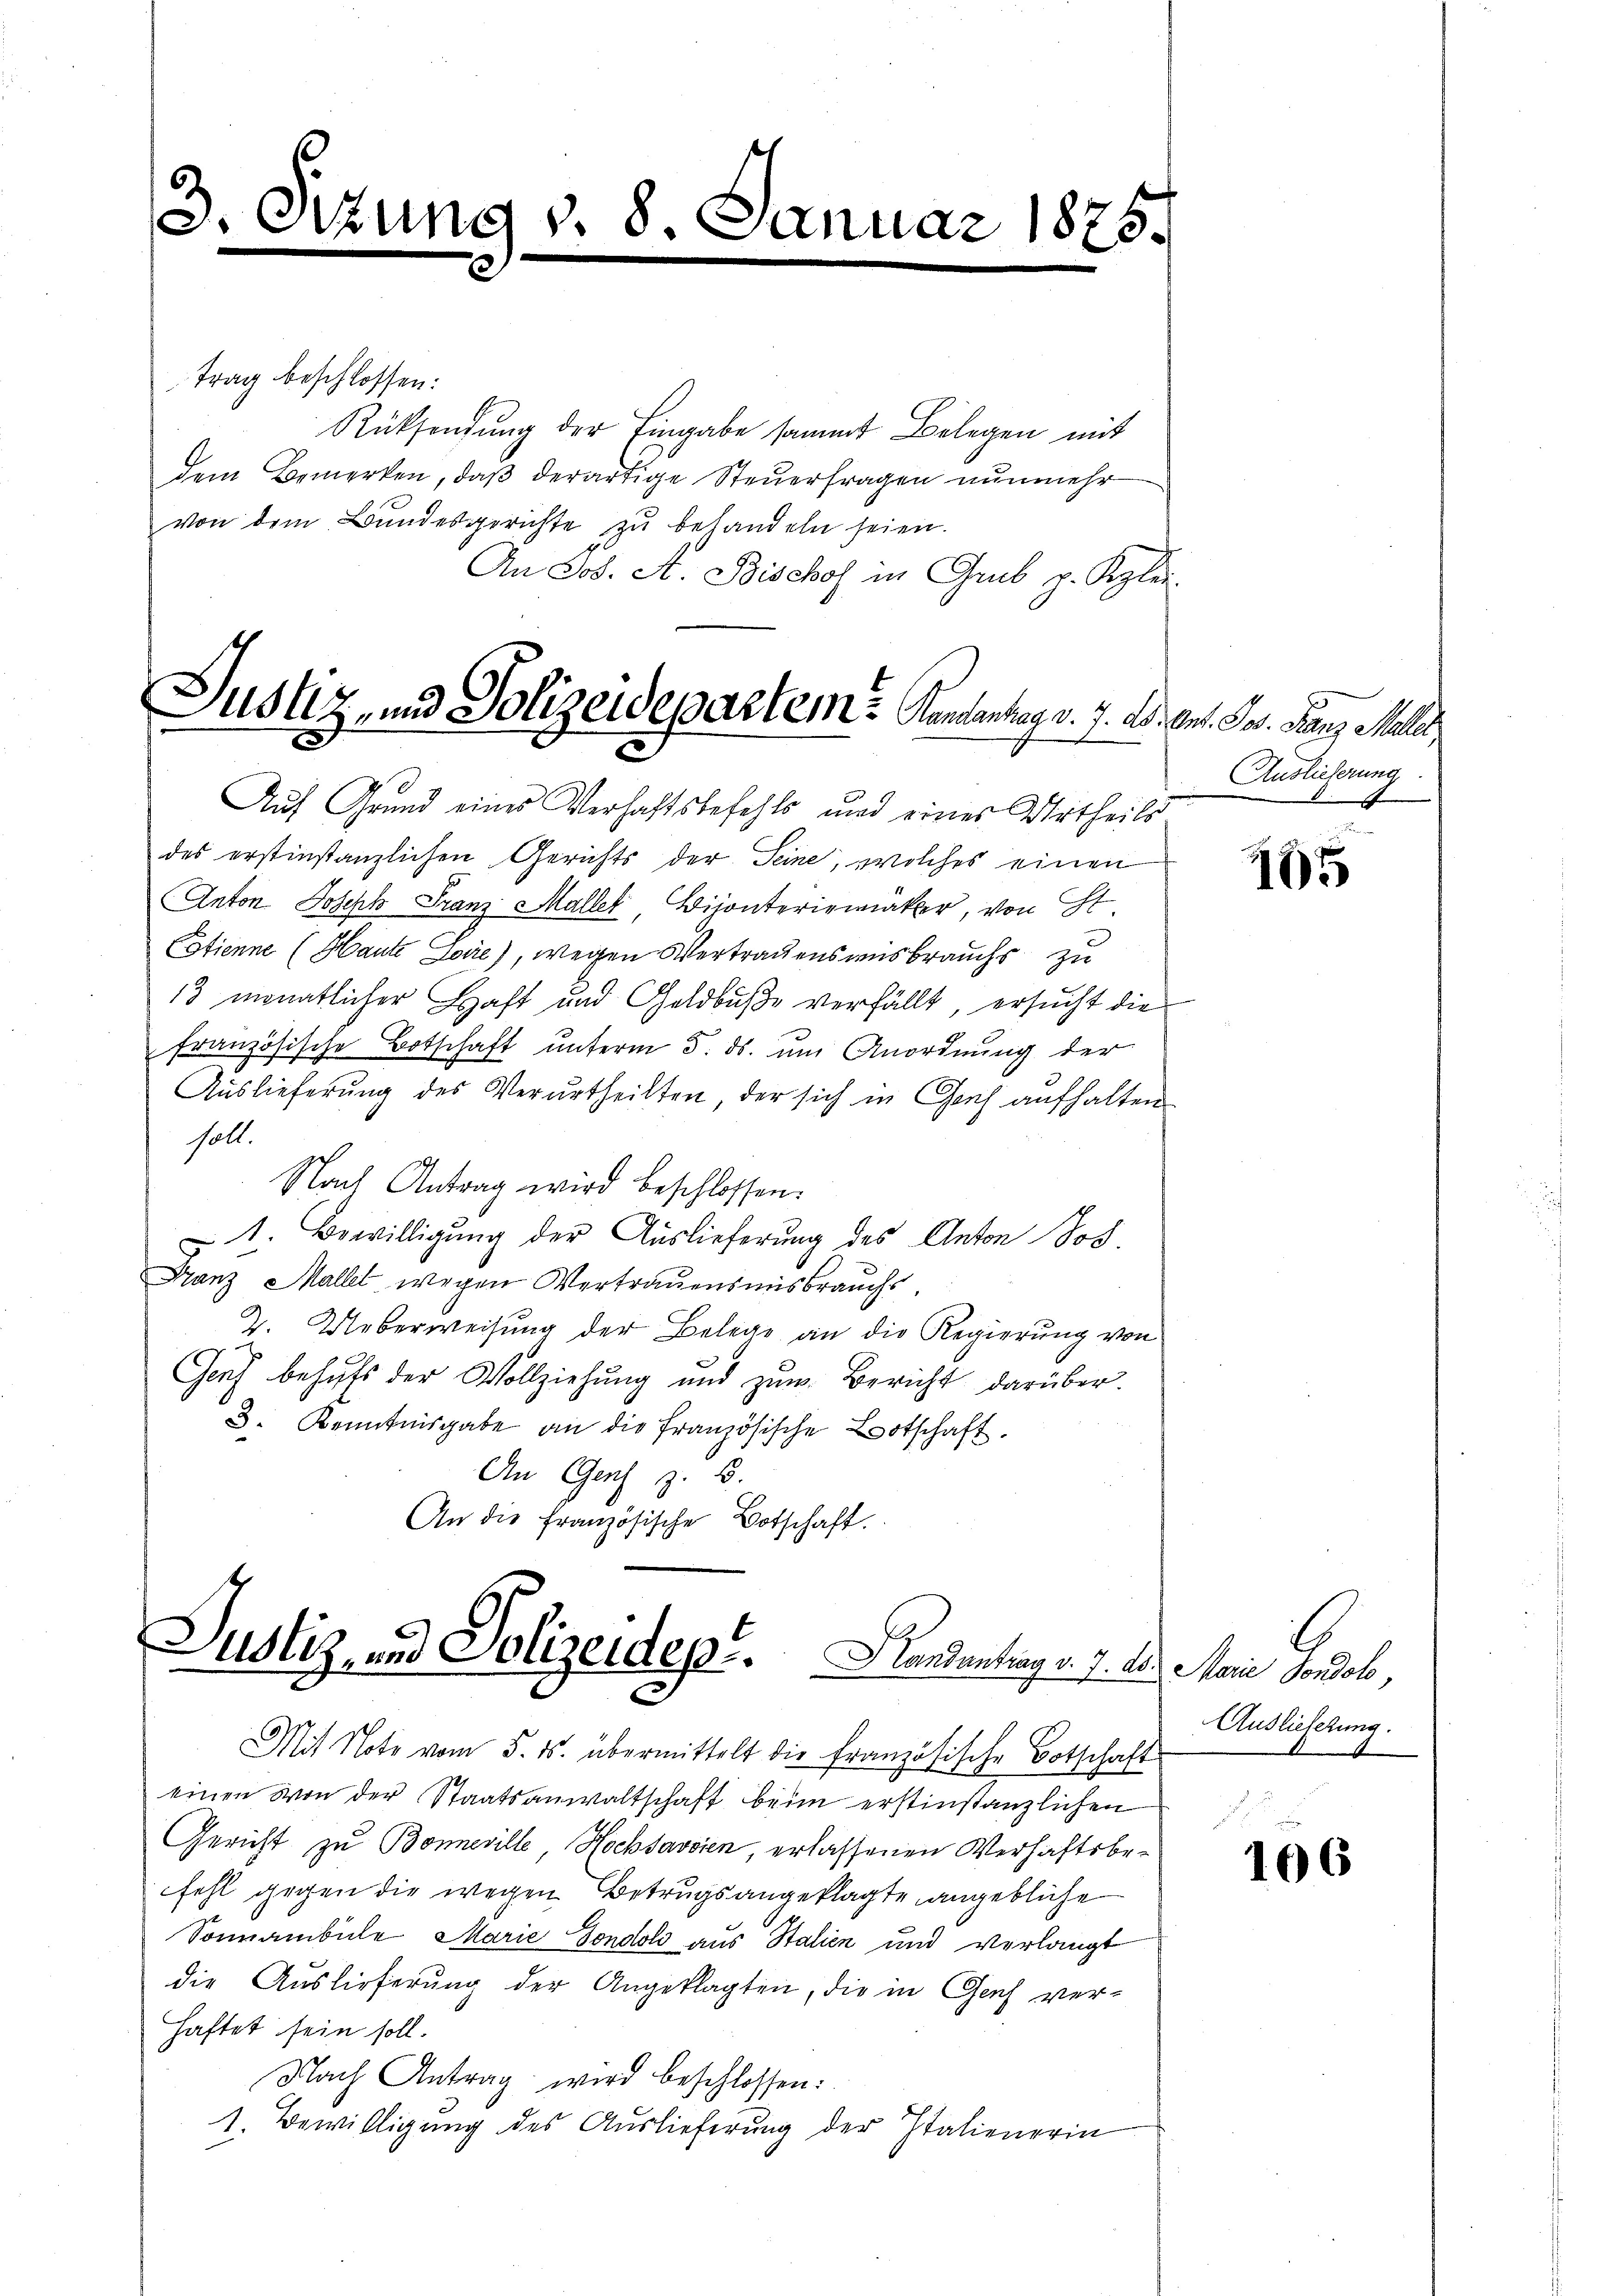
3. Sitzung v. 8. Januar 1875.

trag beschlossen:
Rücksendung der Eingabe sammt Belegen mit
dem Bemerken, daß derartige Steuerfragen nunmehr
von dem Bundesgerichte zu behandeln seien.
An Jos. A. Bischof in Greb p. Klei

Justiz- und Polizeidepartem Kantantrag v. J. A. Ant. Ges. Ganz Maller

Auf Grund eines Verhaftsbefehls und eines Urtheils
des erstinstanzlichen Gerichts der Seine, welches einen
Anton Joseph Franz Maller Bisanteriemäkler, von St.
Cotienne (Haute Loire), wegen Vertrauensausbrauchs zu
13 monatlicher Haft und Geldbuße verfällt, ersucht die
französische Botschaft unterm 5. ds. um Anordnung der
Auslieferung des Verurtheilten, der sich in Gleich aufhalten
soll.
Nach Antrag wird beschlossen.
u 1. Bewilligung der Auslieferung des Anton Jos.
Franz Mallet wegen Vertrauensmisbrauchs,
2. Ueberweisung der Belege an die Regierung von
Genf behufs der Vollziehung und zum Bericht darüber.
3. Kenntnisgabe an die französische Botschaft.
An Genf z. B.
An die französische Botschaft.

Justiz, und Polizeidep.   Handentrag v. J. A. Marie Sondol,

Mit Note vom 5. ds. übermittelt die französische Botschaft
einen von der Staatsanwaltschaft beim erstinstanzlichen
Gericht zu Bonneville, Hochsavsien, erlassenen Verhaftsbefehl gegen die wegen Betrugs angeklagte angebliche
Sonnamibile Marie Fondoli aus Stalien und verlangt
die Auslieferung der Angeklagten, die in Genf ver-
haftet sein soll.
Nach Antrag wird beschlossen:
1. Bewilligung des Auslieferung der Italienerin

Auslieferung
d

465

Auslieferung.

106